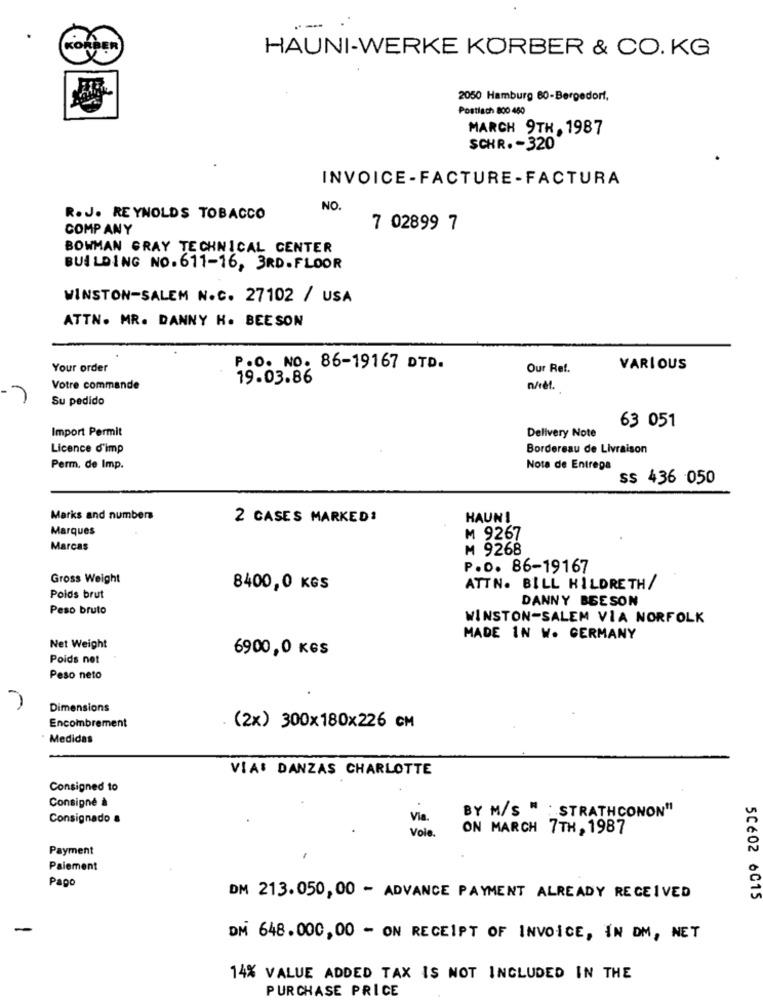
--
CORDER
HAUNI-WERKE KÖRBER & CO. KG
2050 Hamburg 80-Bergedorf,
Postlach 800 460
MARCH 9TH, 1987
SCHR. - 320
INVOICE-FACTURE-FACTURA
NO.
R.J. REYNOLDS TOBACCO
COMPANY
7 02899 7
BOWMAN GRAY TECHNICAL CENTER
BUILDING NO. 611-16, 3RD. FLOOR
WINSTON-SALEM N.C. 27102 / USA
ATTN. MR. DANNY H. BEESON
Your order
P.O. NO. 86-19167 DTD.
Our Ref.
VARIOUS
19.03.86
Votre commande
n/et.
Su pedido
Import Permit
63 051
Delivery Note
Licence d'imp
Bordereau de Livraison
Perm. de Imp.
Nota de Entrega
ss 436 050
Marks and numbers
2 CASES MARKED!
HAUN!
Marques
M 9267
Marcas
₦ 9268
P.D. 86-19167
Gross Weight
8400,0 KGS
ATTN. BILL HILDRETH/
Poids brut
DANNY BEESON
Peso bruto
WINSTON-SALEM VIA NORFOLK
MADE IN W. GERMANY
Net Weight
6900,0 KGS
Poids net
Peso neto
Dimensions
Encombrement
(2x) 300×180×226 CM
Medidas
VIA: DANZAS CHARLOTTE
Consigned to
Consigné à
Consignado &
Via.
BY M/S " : STRATHCONON"
Vole.
ON MARCH 7TH , 1987
Payment
Paiement
Pago
DM 213.050,00 - ADVANCE PAYMENT ALREADY RECEIVED
5C602 6015
DM 648.000,00 - ON RECEIPT OF INVOICE, IN DM, NET
14% VALUE ADDED TAX IS NOT INCLUDED IN THE
PURCHASE PRICE